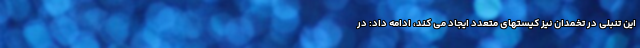
این تنبلی در تخمدان نیز کیستهای متعدد ایجاد می کند، ادامه داد: در